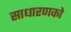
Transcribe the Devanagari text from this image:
साधारणको